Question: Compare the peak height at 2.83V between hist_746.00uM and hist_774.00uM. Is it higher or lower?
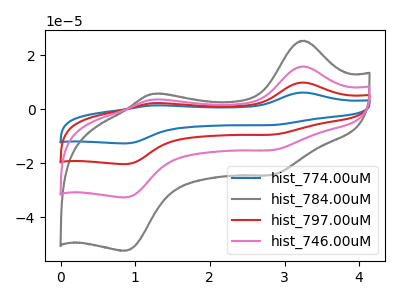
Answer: <think>The blue curve "hist_774.00uM" has anodic peaks at (3.25V, 47.35uA) (1.25V, 10.55uA) and cathodic peaks at (2.85V, -45.55uA) (0.85V, -98.05uA). The gray curve "hist_784.00uM" has anodic peaks at (3.25V, 25.30uA) (1.25V, 5.65uA) and cathodic peaks at (2.85V, -24.35uA) (0.85V, -52.40uA). The red curve "hist_797.00uM" has anodic peaks at (3.25V, 31.55uA) (1.25V, 7.05uA) and cathodic peaks at (2.85V, -30.35uA) (0.85V, -65.35uA). The pink curve "hist_746.00uM" has anodic peaks at (3.25V, 15.80uA) (1.25V, 3.50uA) and cathodic peaks at (2.85V, -15.20uA) (0.85V, -32.70uA).</think>
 <answer>The peak at 2.83V is lower in "hist_746.00uM" than in "hist_774.00uM".</answer>
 <eval>lower</eval>